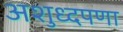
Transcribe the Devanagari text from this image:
अशुध्दपणा